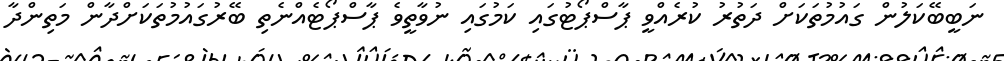
ނަބީބޭކަލުން ގައުމުތަކަށް ދަތުރު ކުރެއްވީ ޕާސްޕޯޓުގައި ކަމުގައި ނުވާތީވެ ޕާސްޕޯޓެއްނެތި ބޭރުގައުމުތަކަށްދާން މަތިންދާ